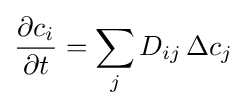
{\frac {\partial c_{i}}{\partial t}}=\sum _{j}D_{ij}\,\Delta c_{j}